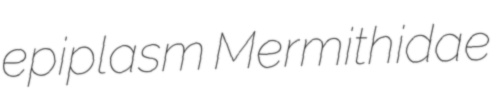
epiplasm Mermithidae